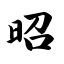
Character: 昭